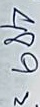
489 =